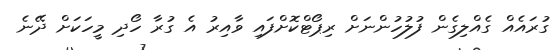
ގުރައެއް ގެއްލިގެން ފުލުހުންނަށް ރިޕޯޓްކޮށްފައި ވާއިރު އެ ގުރާ ހޯދި މީހަކަށް ދޭނެ